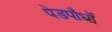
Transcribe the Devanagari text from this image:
पेडपौधों